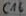
Text: C16